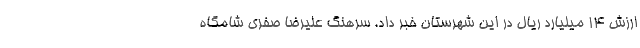
ارزش ۱۴ میلیارد ریال در این شهرستان خبر داد. سرهنگ علیرضا صفری شامگاه